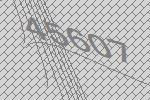
45607